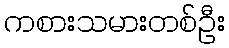
ကစားသမားတစ်ဦး